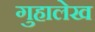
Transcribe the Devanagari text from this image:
गुहालेख